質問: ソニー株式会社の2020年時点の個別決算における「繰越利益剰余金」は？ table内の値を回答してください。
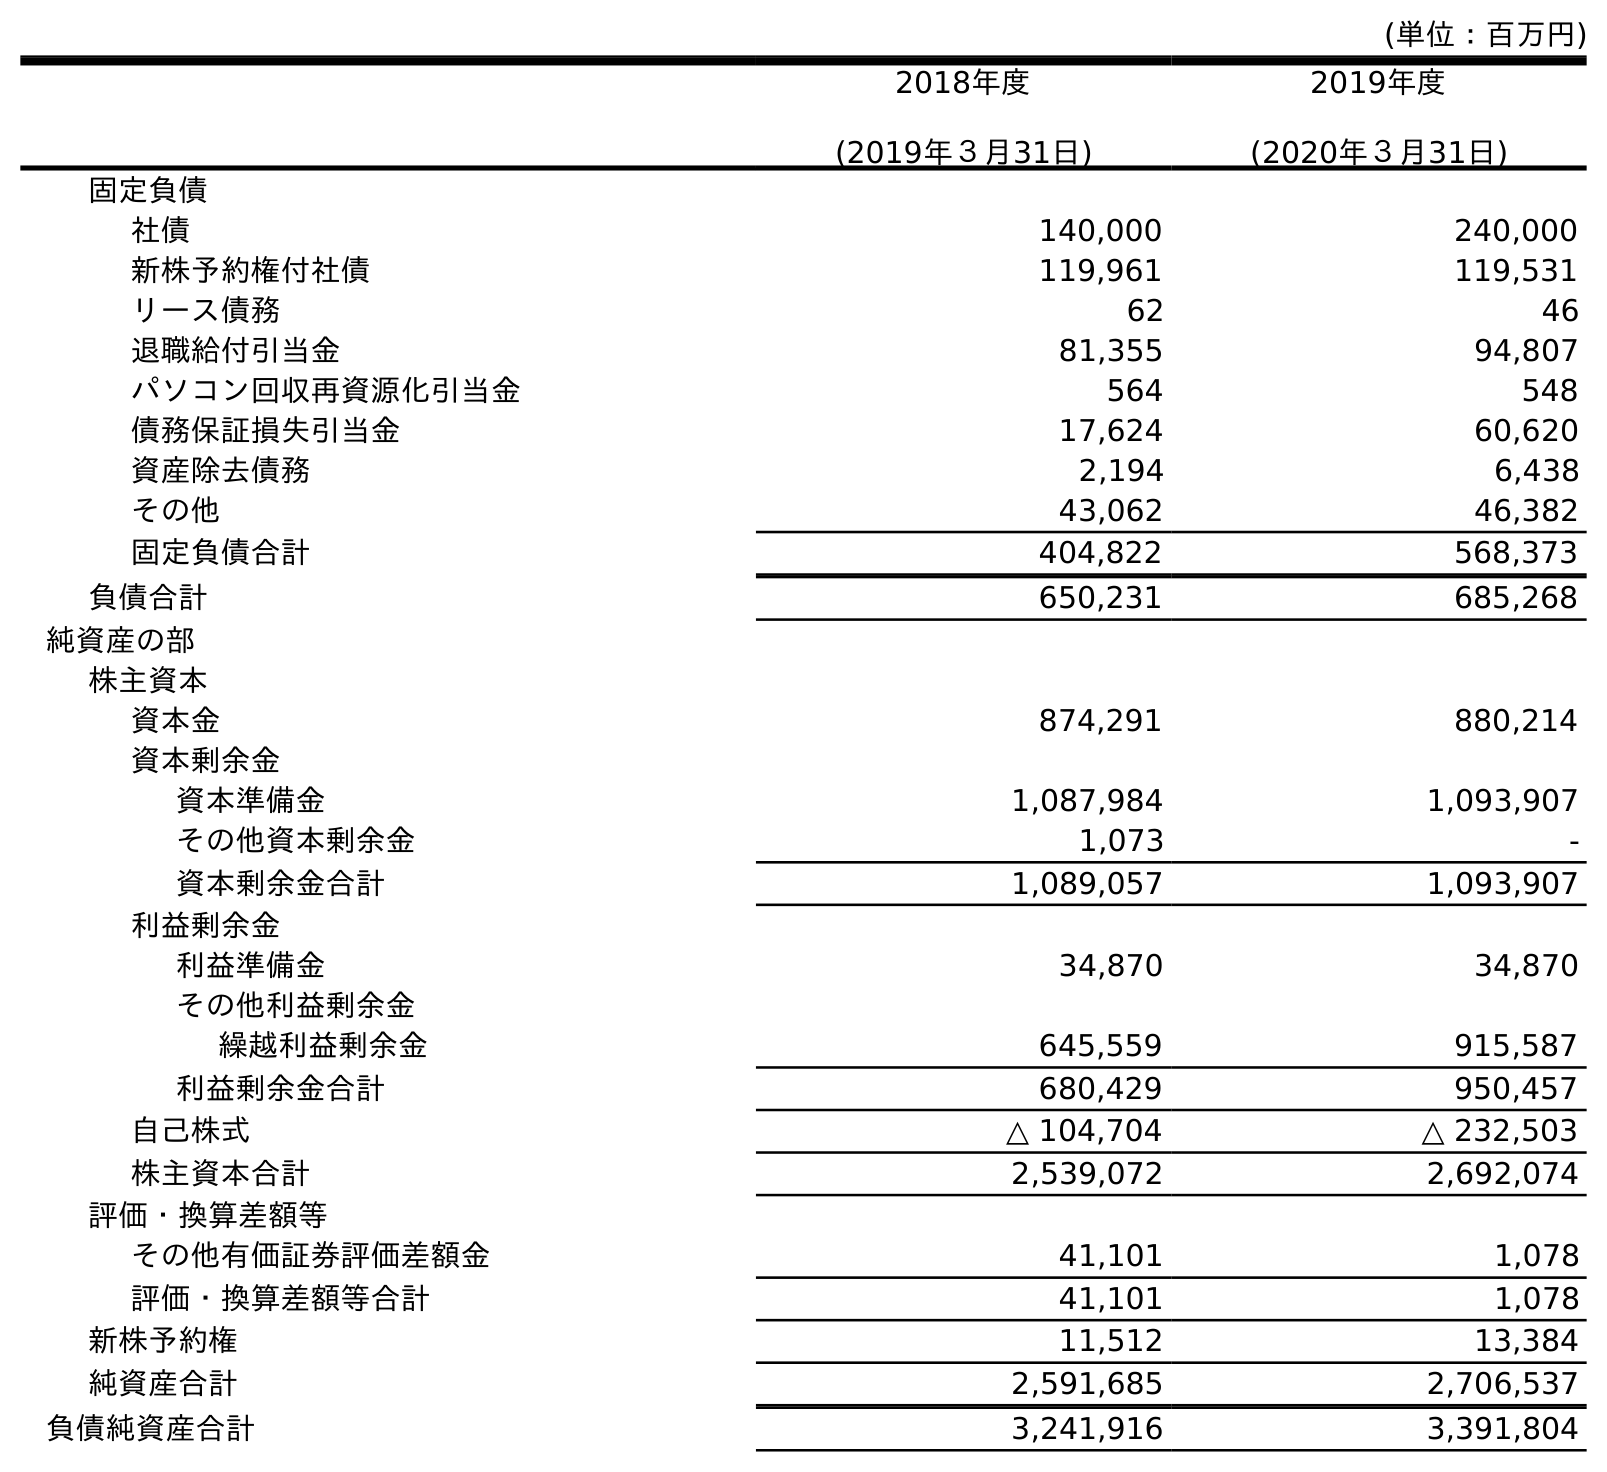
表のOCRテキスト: (単位：百万円) 2018年度 (2019年３月31日) 2019年度 (2020年３月31日) 固定負債 社債 140,000 240,000 新株予約権付社債 119,961 119,531 リース債務 62 46 退職給付引当金 81,355 94,807 パソコン回収再資源化引当金 564 548 債務保証損失引当金 17,624 60,620 資産除去債務 2,194 6,438 その他 43,062 46,382 固定負債合計 404,822 568,373 負債合計 650,231 685,268 純資産の部 株主資本 資本金 874,291 880,214 資本剰余金 資本準備金 1,087,984 1,093,907 その他資本剰余金 1,073 - 資本剰余金合計 1,089,057 1,093,907 利益剰余金 利益準備金 34,870 34,870 その他利益剰余金 繰越利益剰余金 645,559 915,587 利益剰余金合計 680,429 950,457 自己株式 △ 104,704 △ 232,503 株主資本合計 2,539,072 2,692,074 評価・換算差額等 その他有価証券評価差額金 41,101 1,078 評価・換算差額等合計 41,101 1,078 新株予約権 11,512 13,384 純資産合計 2,591,685 2,706,537 負債純資産合計 3,241,916 3,391,804
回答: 915,587